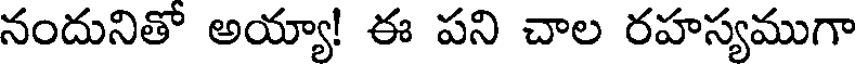
నందునితో అయ్యా! ఈ పని చాల రహస్యముగా